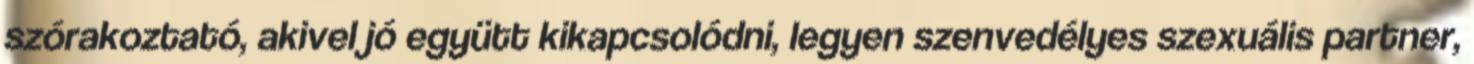
szórakoztató, akivel jó együtt kikapcsolódni, legyen szenvedélyes szexuális partner,